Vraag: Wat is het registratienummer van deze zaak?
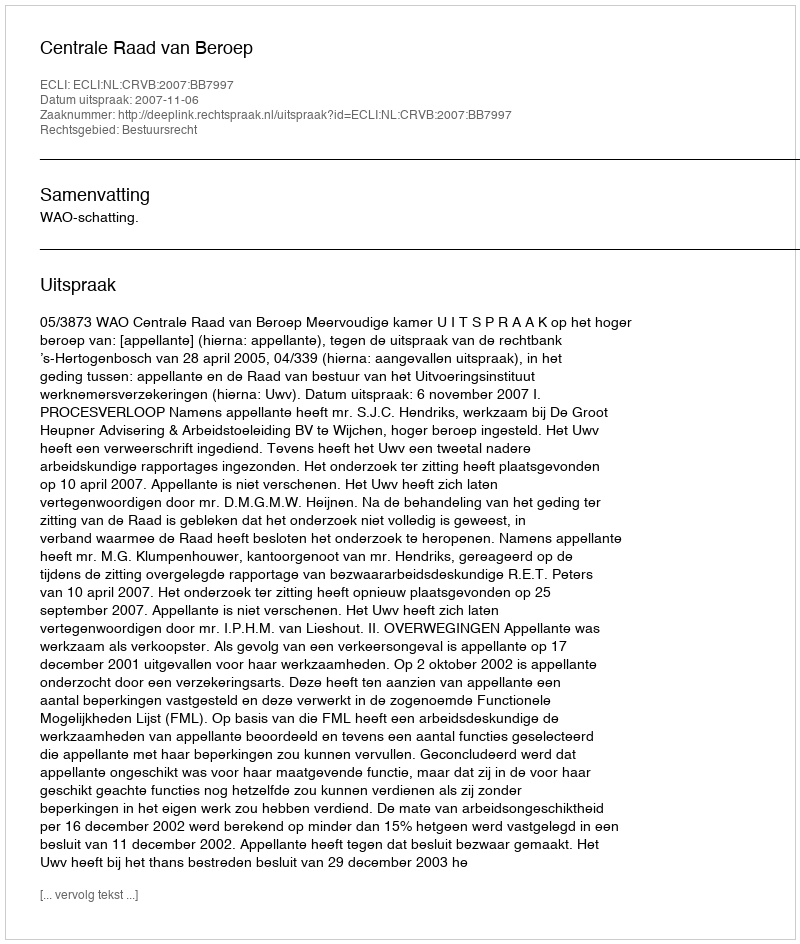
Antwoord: http://deeplink.rechtspraak.nl/uitspraak?id=ECLI:NL:CRVB:2007:BB7997